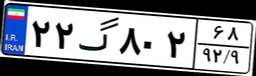
۶۲گ۴۸۹۹۸